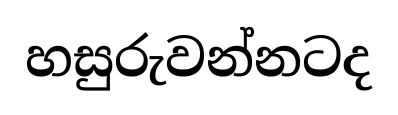
හසුරුවන්නටද